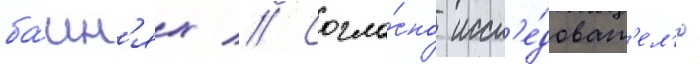
ба́шн'ях // Согла́сно иссл'е́доват'ел'ю